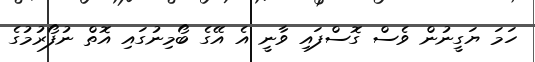
ހަމަ ޔަގީނުން ވެސް ގޮސްފައި ވާނީ އެ އޭގެ ބޯމިނުގައި އޮތް ނުފޯރުމުގެ